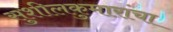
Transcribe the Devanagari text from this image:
सुशीलकुमारांचा